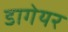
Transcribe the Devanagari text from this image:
डागेयर